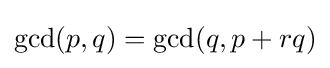
\gcd(p,q)=\gcd(q,p+rq)